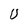
Character: U